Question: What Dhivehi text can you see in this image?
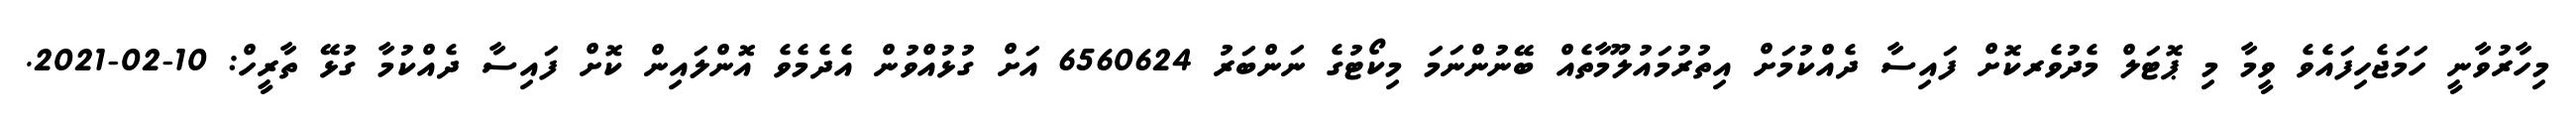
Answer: މިހާރުވާނީ ހަމަޖެހިފައެވެ ވީމާ މި ޕޮޓަލް މެދުވެރކޮށް ފައިސާ ދެއްކުމަށް އިތުރުމައުލޫމާތެއް ބޭނުންނަމަ މިކޯޓުގެ ނަންބަރު 6560624 އަށް ގުޅުއްވުން އެދެމެވެ އޮންލައިން ކޮށް ފައިސާ ދެއްކުމާ ގުޅޭ ތާރީހް: 10-02-2021.